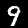
Label: 9